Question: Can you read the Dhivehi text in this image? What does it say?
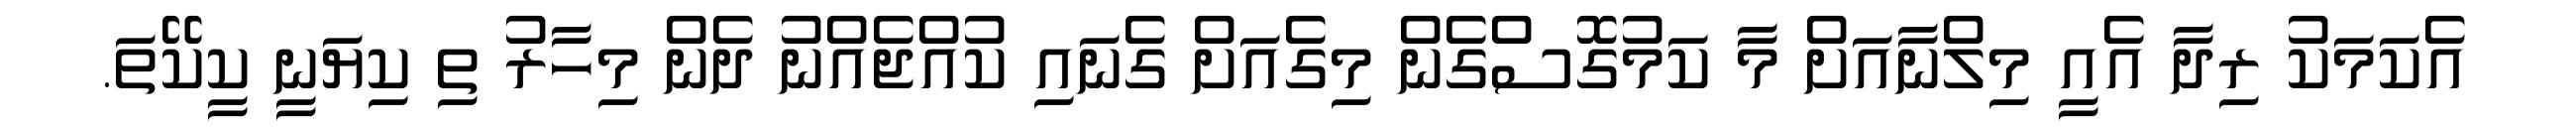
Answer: އެކަމަކު ރިދާ އެއީ މިލްނާއަށް މާ ކަމުގޮސްގެން މިގެއަށް ގެނައި ކުއްޖެއްނު ދެން މިހާރު ތި ކިޔަނީ ކީކޭތަ.